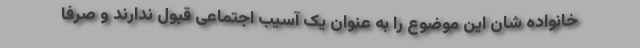
خانواده شان این موضوع را به عنوان یک آسیب اجتماعی قبول ندارند و صرفا